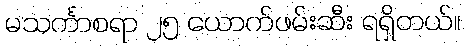
မသင်္ကာစရာ ၂၅ ယောက်ဖမ်းဆီး ရရှိတယ်။